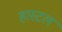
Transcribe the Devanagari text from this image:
हास्‍टल